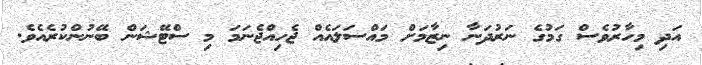
އަދި މިހާރުވެސް ގަމުގެ ނަރުދަނާ ނިޒާމަށް މައްސަލައެއް ޖެހިއްޖެނަމަ މި ސްޓޭޝަން ބޭނުންކުރެއެވެ.